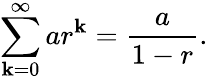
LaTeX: \sum_{\mathbf{k}=0}^{\infty}ar^{\mathbf{k}}={\frac{{a}}{{1-r}}}.